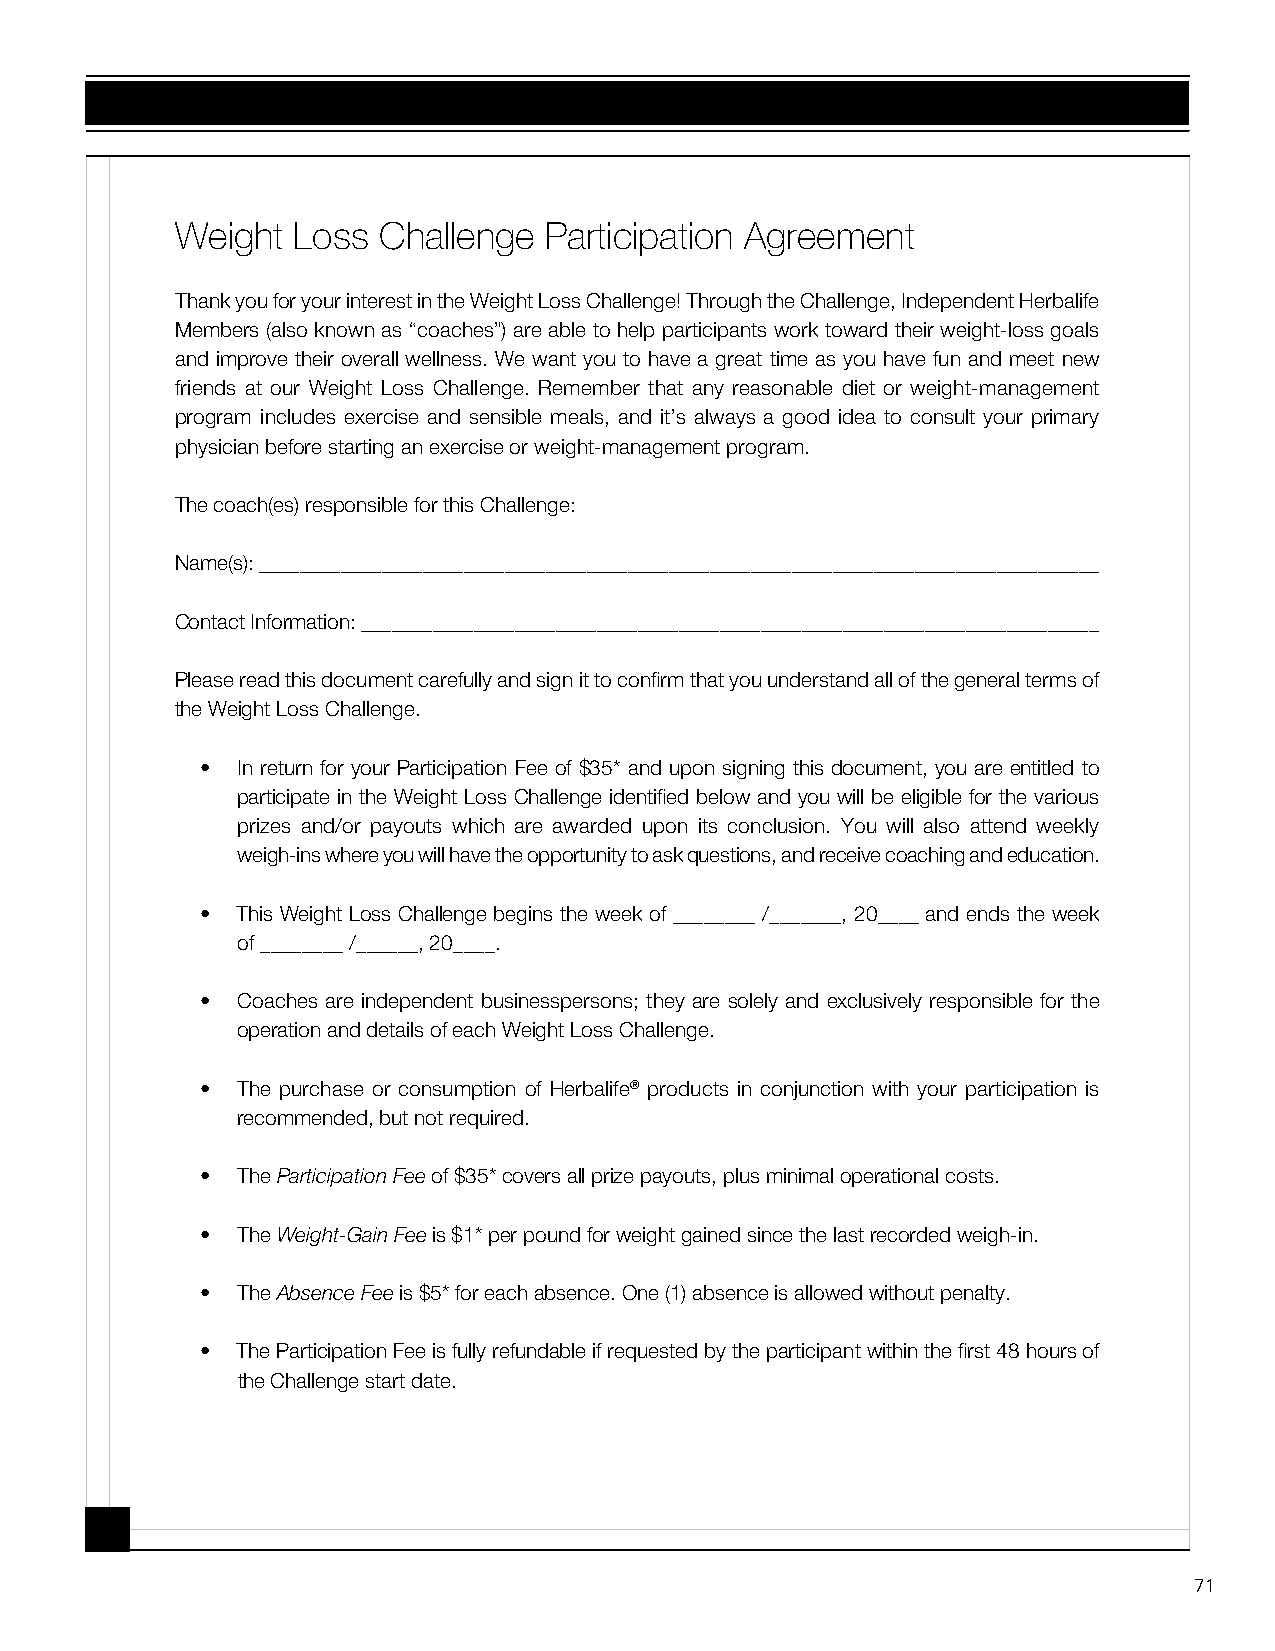
Weight Loss  Challenge  Participation Agreement
 Thank you for your interest in the Weight Loss Challenge! Through the Challenge, Independent Herbalife
 Members (also known as “coaches”) are able to help participants work toward their weight-loss goals
 and improve their overall wellness. We want you to have a great time as you have fun and meet new
 friends at our Weight Loss Challenge. Remember that any reasonable diet or weight-management
 program includes exercise and sensible meals, and it’s always a good idea to consult your primary
 physician before starting an exercise or weight-management program.
 The coach(es) responsible for this Challenge:
 Name(s): __________________________________________________________________________________
 Contact Information: ________________________________________________________________________
 Please read this document carefully and sign it to confirm that you understand all of the general terms of
 the Weight Loss Challenge.
 •  In return for your Participation Fee of $35* and upon signing this document, you are entitled to
 participate in the Weight Loss Challenge identified below and you will be eligible for the various
 prizes and/or payouts which are awarded upon its conclusion. You will also attend weekly
 weigh-ins where you will have the opportunity to ask questions, and receive coaching and education.
 •  This Weight Loss Challenge begins the week of ________ /_______, 20____ and ends the week
 of ________ /______, 20____.
 •  Coaches are independent businesspersons; they are solely and exclusively responsible for the
 operation and details of each Weight Loss Challenge.
 •  The purchase or consumption of Herbalife® products in conjunction with your participation is
 recommended, but not required.
 •  The Participation Fee of $35* covers all prize payouts, plus minimal operational costs.
 •  The Weight-Gain Fee is $1* per pound for weight gained since the last recorded weigh-in.
 •  The Absence Fee is $5* for each absence. One (1) absence is allowed without penalty.
 •  The Participation Fee is fully refundable if requested by the participant within the first 48 hours of
 the Challenge start date.
 71